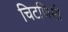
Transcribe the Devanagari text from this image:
चिटणिसी